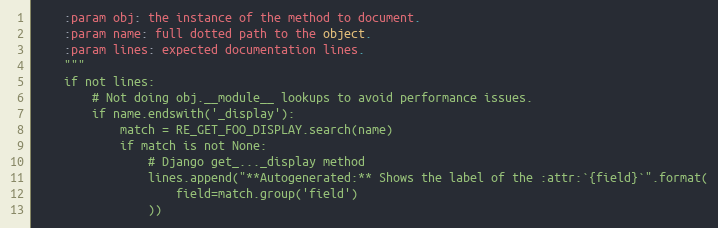
Language: Python
    :param obj: the instance of the method to document.
    :param name: full dotted path to the object.
    :param lines: expected documentation lines.
    """
    if not lines:
        # Not doing obj.__module__ lookups to avoid performance issues.
        if name.endswith('_display'):
            match = RE_GET_FOO_DISPLAY.search(name)
            if match is not None:
                # Django get_..._display method
                lines.append("**Autogenerated:** Shows the label of the :attr:`{field}`".format(
                    field=match.group('field')
                ))